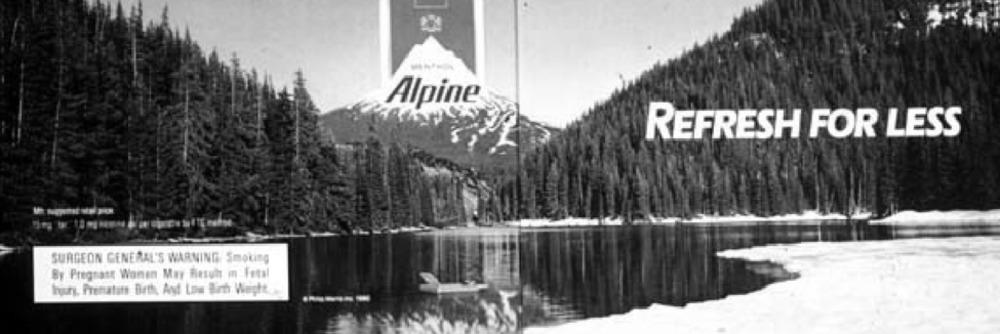
Alpine
REFRESH FOR LESS
SURGEON GENERAL'S WARNING Smoking
By Pregnant Women May Result in : Fetal
hur, Prematitt Both Ast Low Bich Weight ...